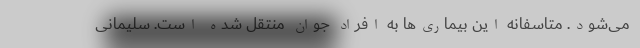
می‌شود. متاسفانه این بیماری‌ها به افراد جوان منتقل شده است. سلیمانی